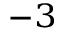
^ { - 3 }